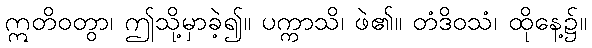
ဣတိဝတွာ၊ ဤသို့မှာခဲ့၍။ ပက္ကာသိ၊ ဖဲ၏။ တံဒိဝသံ၊ ထိုနေ့၌။